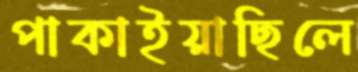
পাকাইয়াছিলে